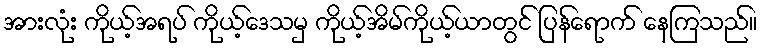
အားလုံး ကိုယ့်အရပ် ကိုယ့်ဒေသမှ ကိုယ့်အိမ်ကိုယ့်ယာတွင် ပြန်ရောက် နေကြသည်။